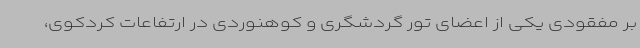
بر مفقودی یکی از اعضای تور گردشگری و کوهنوردی در ارتفاعات کردکوی،